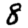
Digit: 8